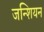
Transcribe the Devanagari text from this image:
जन्शियन